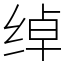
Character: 绰